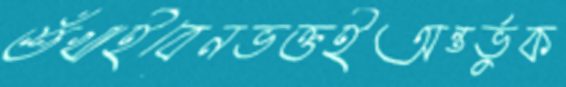
শুঁখাইবেনভক্তইঅন্তর্ভুক